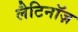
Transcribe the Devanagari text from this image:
लैटिनॉज़